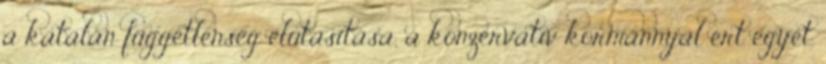
a katalán függetlenség elutasítása, a konzervatív kormánnyal ért egyet.